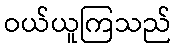
ဝယ်ယူကြသည်